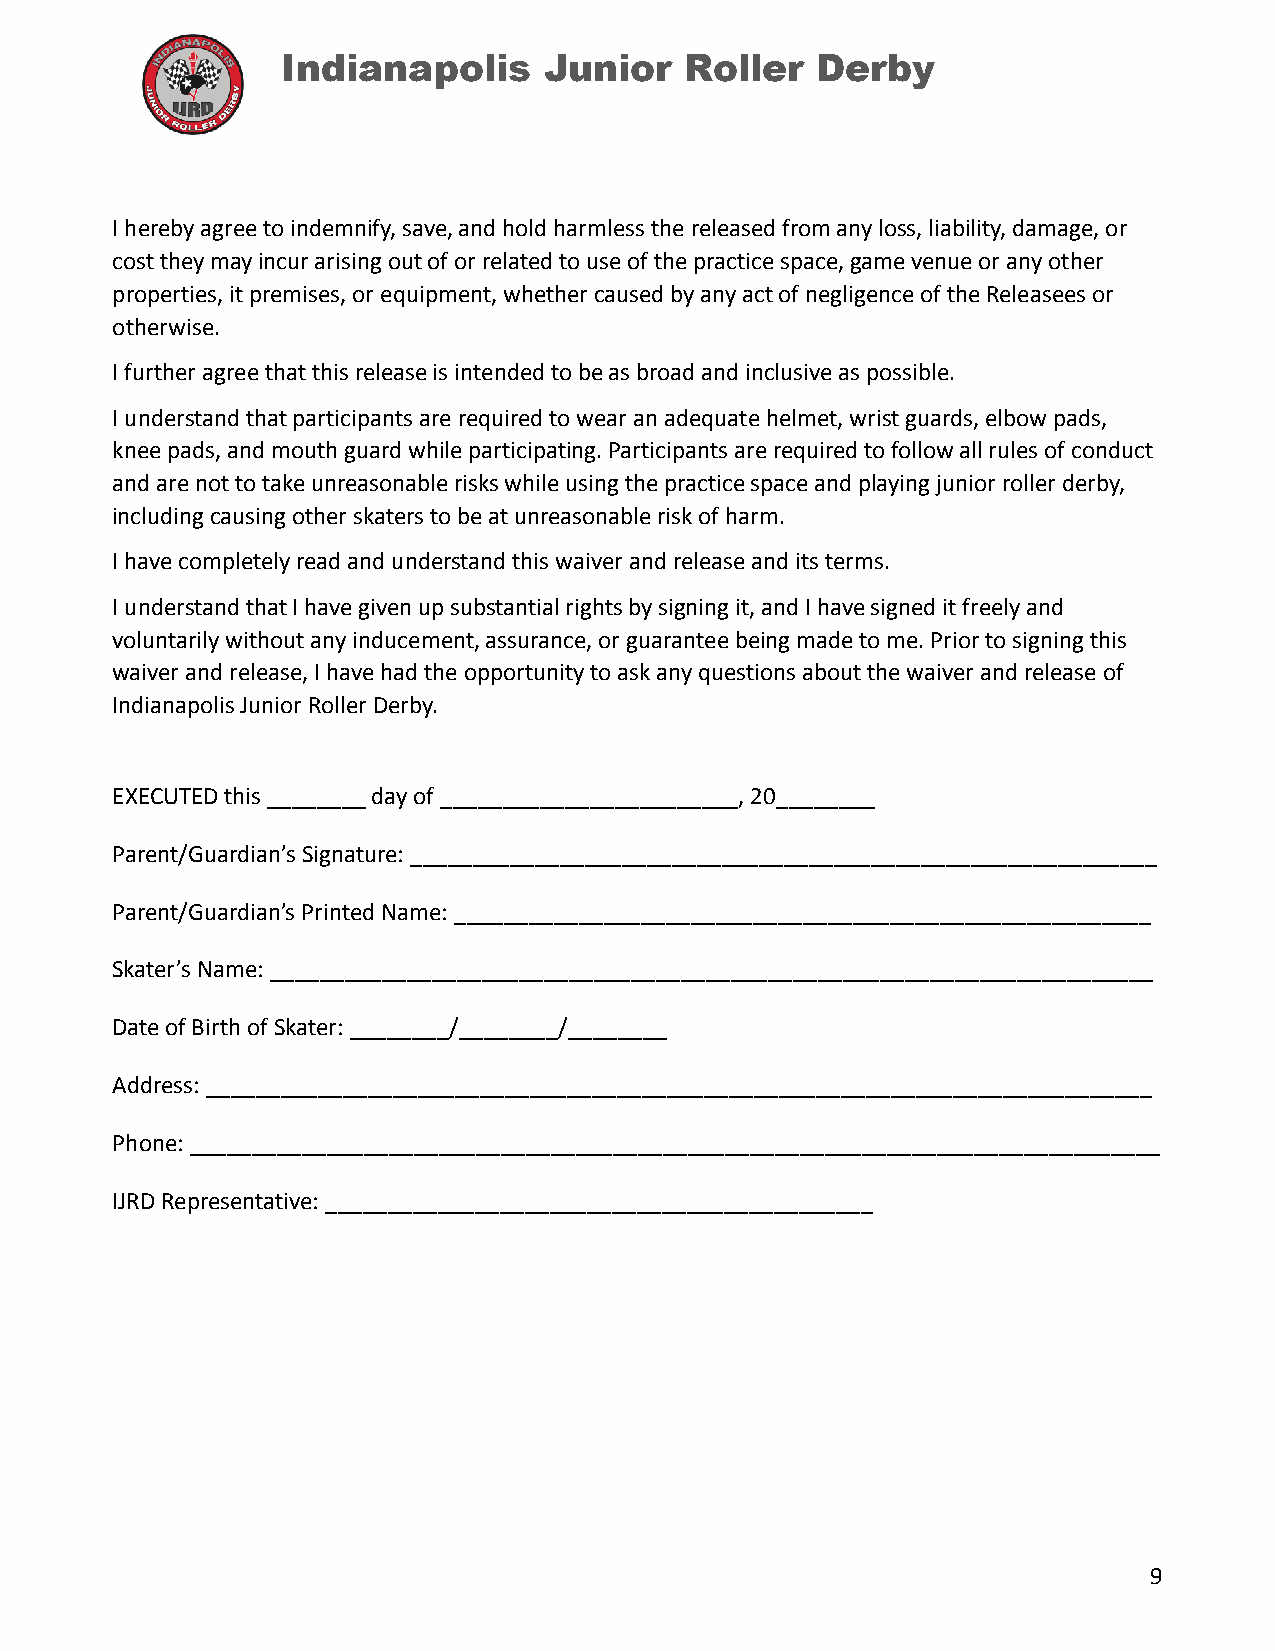
Indianapolis     Junior   Roller   Derby
 I hereby agree to indemnify, save, and hold harmless the released from any loss, liability, damage, or
 cost they may incur arising out of or related to use of the practice space, game venue or any other
 properties, it premises, or equipment, whether caused by any act of negligence of the Releasees or
 otherwise.
 I further agree that this release is intended to be as broad and inclusive as possible.
 I understand that participants are required to wear an adequate helmet, wrist guards, elbow pads,
 knee pads, and mouth guard while participating. Participants are required to follow all rules of conduct
 and are not to take unreasonable risks while using the practice space and playing junior roller derby,
 including causing other skaters to be at unreasonable risk of harm.
 I have completely read and understand this waiver and release and its terms.
 I understand that I have given up substantial rights by signing it, and I have signed it freely and
 voluntarily without any inducement, assurance, or guarantee being made to me. Prior to signing this
 waiver and release, I have had the opportunity to ask any questions about the waiver and release of
 Indianapolis Junior Roller Derby.
 EXECUTED this ________ day of ________________________, 20________
 Parent/Guardian’s Signature: ____________________________________________________________
 Parent/Guardian’s Printed Name: ________________________________________________________
 Skater’s Name: _______________________________________________________________________
 Date of Birth of Skater: ________/________/________
 Address: ____________________________________________________________________________
 Phone: ______________________________________________________________________________
 IJRD Representative: ____________________________________________
 9